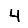
Digit: 4